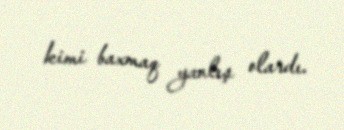
kimi baxmaq yanlış olardı.